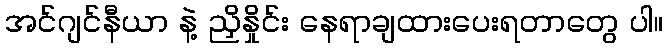
အင်ဂျင်နီယာ နဲ့ ညှိနှိုင်း နေရာချထားပေးရတာတွေ ပါ။